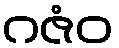
ဂဇံဝ